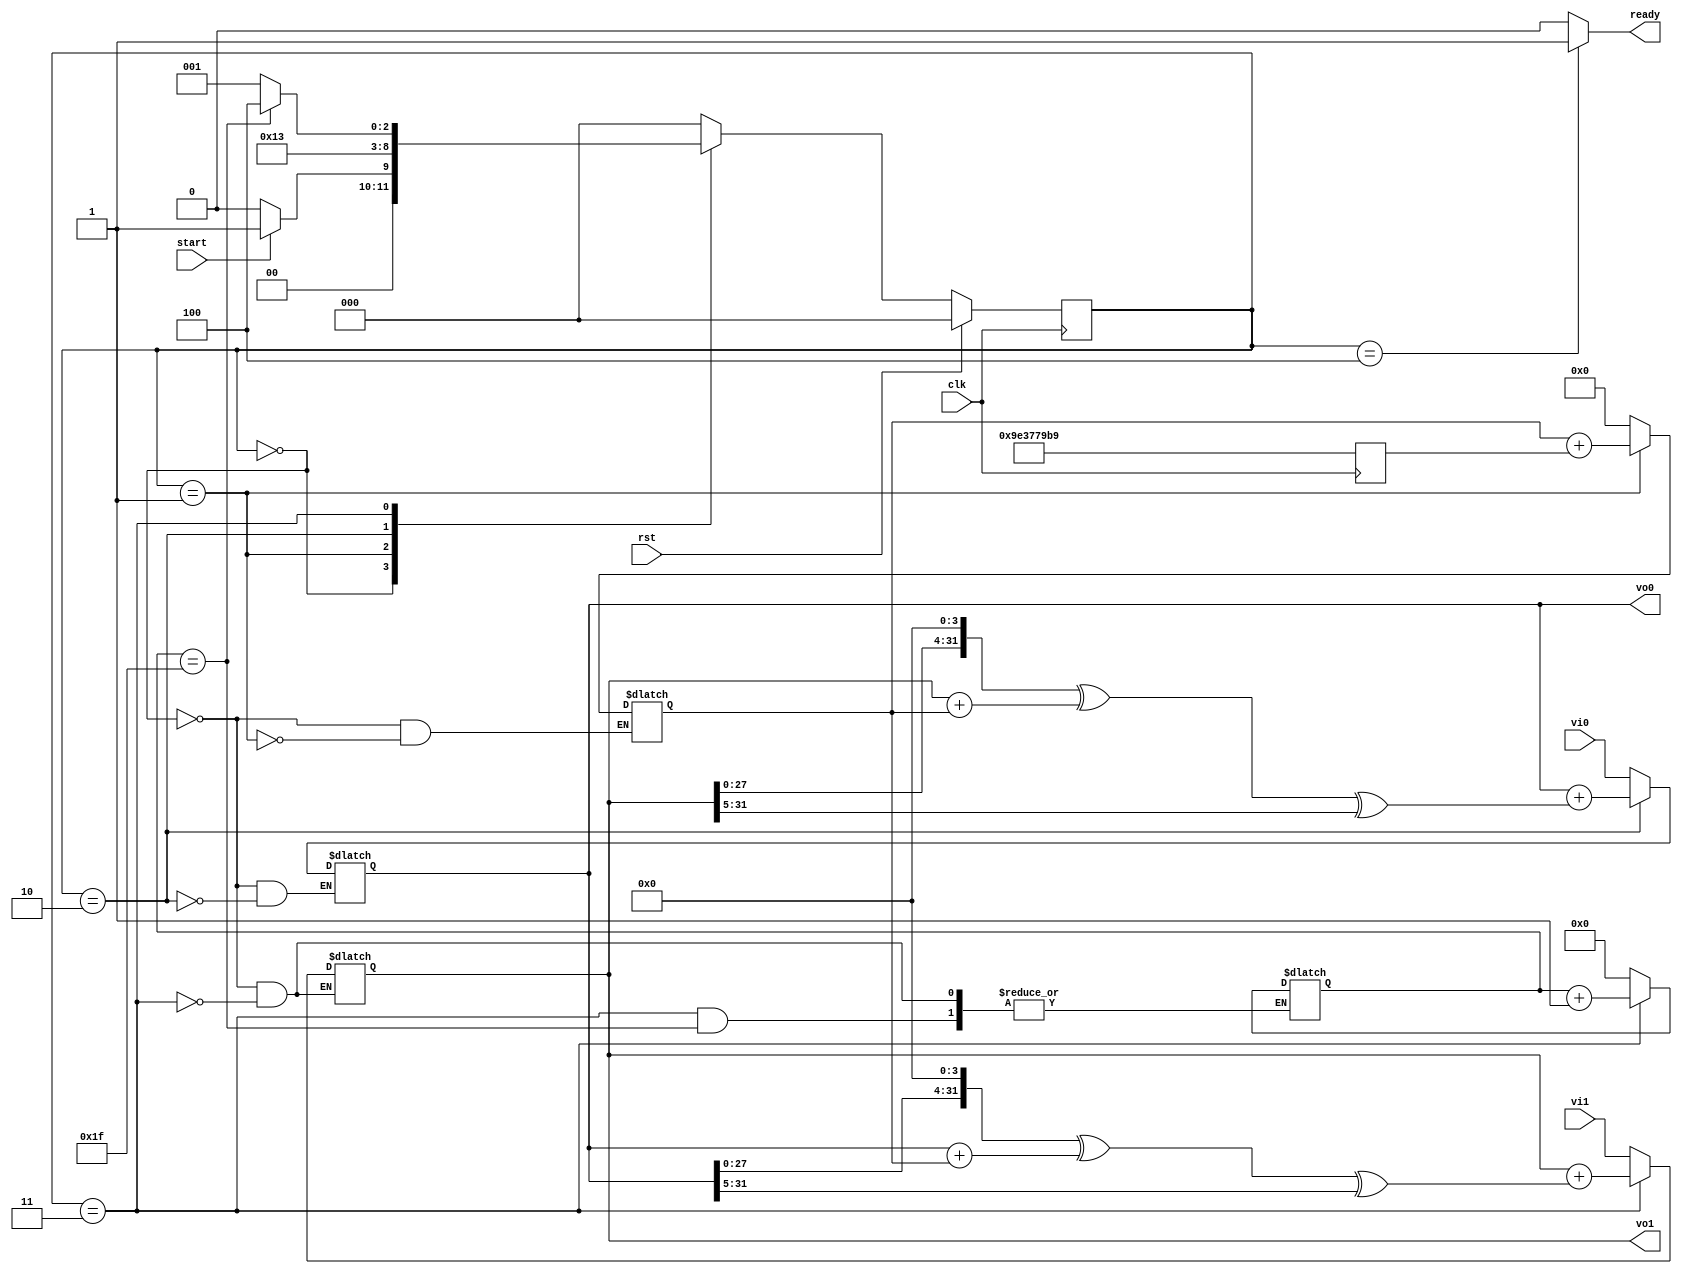
//
// Tiny Encryption Algorithm
// Here is encryption module
//
// *
//  You must set DATA_WIDTH and COUNTER_WIDTH manually
// *
module encrypt(clk, rst, vi0, vi1, start, ready, vo0, vo1);
// parameters
parameter DATA_WIDTH = 32;
parameter COUNTER_WIDTH = 5 + 1; // 2^5 = 32 (it depends on DATA_WIDTH)

// input & output declarations
input clk, rst, start;
input [DATA_WIDTH - 1 : 0] vi0, vi1;
output reg ready;
output reg [DATA_WIDTH - 1 : 0] vo0, vo1;

// internal signals
reg [2 : 0] state, next_state;
reg [DATA_WIDTH - 1 : 0] sum, key;
reg [COUNTER_WIDTH - 1 : 0] counter;
wire [DATA_WIDTH - 1 : 0] vi0_right_shifted, vi0_left_shifted, vi0_1, v1_res,
                          vi1_right_shifted, vi1_left_shifted, vi1_1, v0_res;

// declarations of states' names
localparam [2 : 0]
  IDLE = 3'b000,
  KEY_ACC = 3'b001,
  V0_CALC = 3'b010,
  V1_CALC = 3'b011,
  FINAL = 3'b100;

// sequential logic
always @ ( posedge clk ) begin
  key <= 32'h9e3779b9;
  if (rst) begin
    state <= IDLE;
  end
  else begin
    state <= next_state;
  end
end

//combinational logic
always @ ( vi0, vi1, start, state ) begin
  counter <= counter;
  case (state)
    IDLE: begin
      sum <= 0;
      vo0 <= vi0;
      vo1 <= vi1;
      ready <= 0;
      counter <= 0;
      if (start) begin
        next_state <= KEY_ACC;
      end
      else begin
        next_state <= IDLE;
      end
    end
    KEY_ACC: begin
      sum <= sum + key;
      vo0 <= vo0;
      vo1 <= vo1;
      ready <= 0;
      next_state <= V0_CALC;
    end
    V0_CALC: begin
      sum <= sum;
      vo0 <= vo0 + v0_res;
      vo1 <= vo1;
      ready <= 0;
      next_state <= V1_CALC;
    end
    V1_CALC: begin
      sum <= sum;
      vo0 <= vo0;
      vo1 <= vo1 + v1_res;
      ready <= 0;
      if (counter == 31) begin
        next_state <= FINAL;
      end
      else begin
        next_state <= KEY_ACC;
        counter <= counter + 1;
      end
    end
    FINAL: begin
      sum <= sum;
      vo0 <= vo0;
      vo1 <= vo1;
      ready <= 1;
      next_state <= IDLE;
    end
    default: begin
      sum <= sum;
      vo0 <= vo0;
      vo1 <= vo1;
      ready <= 0;
      next_state <= IDLE;
    end
  endcase
end

// logic assignments
assign vi0_right_shifted = vo0 >> 5;
assign vi0_left_shifted = vo0 << 4;
assign vi0_1 = vo0 + sum;
assign v1_res = vi0_left_shifted ^ vi0_1 ^ vi0_right_shifted;

assign vi1_right_shifted = vo1 >> 5;
assign vi1_left_shifted = vo1 << 4;
assign vi1_1 = vo1 + sum;
assign v0_res = vi1_left_shifted ^ vi1_1 ^ vi1_right_shifted;

endmodule